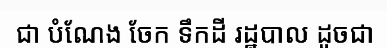
ជា បំណែង ចែក ទឹកដី រដ្ឋបាល ដូចជា